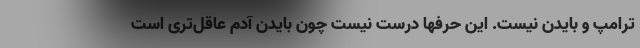
ترامپ و بایدن نیست. این حرفها درست نیست چون بایدن آدم عاقل‌تری است